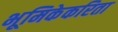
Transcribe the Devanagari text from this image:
भूमिकेकरिता